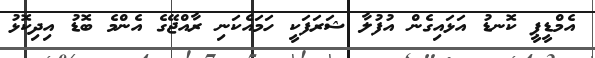
އެމްޑީޕީ ކޮނޑު އަޅައިގެން އުފުލާ ޝަރަފަކީ ހަމައެކަނި ރާއްޖޭގެ އެންމެ ބޮޑު އިދިކޮޅު